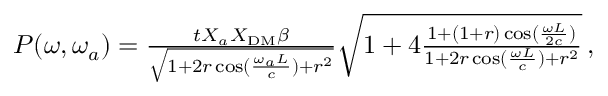
\begin{array} { r } { P ( \omega , \omega _ { a } ) = \frac { t X _ { a } X _ { \mathrm { D M } } \beta } { \sqrt { 1 + 2 r \cos ( \frac { \omega _ { a } L } { c } ) + r ^ { 2 } } } \sqrt { 1 + 4 \frac { 1 + ( 1 + r ) \cos ( \frac { \omega L } { 2 c } ) } { 1 + 2 r \cos ( \frac { \omega L } { c } ) + r ^ { 2 } } } \, , } \end{array}